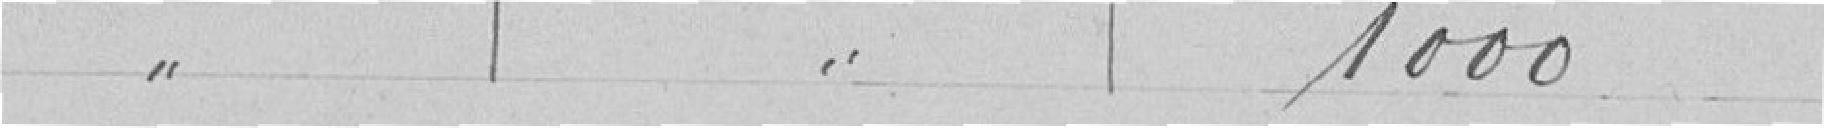
1000